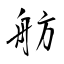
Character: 舫